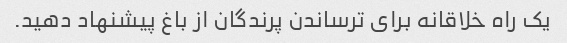
یک راه خلاقانه برای ترساندن پرندگان از باغ پیشنهاد دهید.